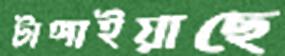
টাঙ্গাইয়াছে